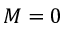
M = 0